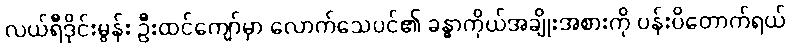
လယ်ရီဒိုင်းမွန်း ဦးထင်ကျော်မှာ လောက်သေပင်၏ ခန္ဓာကိုယ်အချိုးအစားကို ပန်းပိတောက်ရယ်